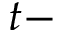
t -